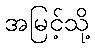
အမြင့်သို့